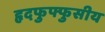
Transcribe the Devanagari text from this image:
हृदफुफ्फुसीय